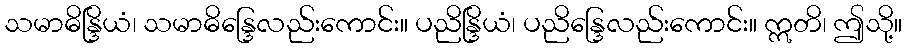
သမာဓိန္ဒြိယံ၊ သမာဓိန္ဒြေလည်းကောင်း။ ပညိန္ဒြိယံ၊ ပညိန္ဒြေလည်းကောင်း။ ဣတိ၊ ဤသို့။